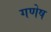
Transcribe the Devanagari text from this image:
गणेष